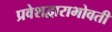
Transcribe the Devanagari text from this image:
प्रवेशद्वाराभोवती